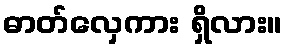
ဓာတ်လှေကား ရှိလား။